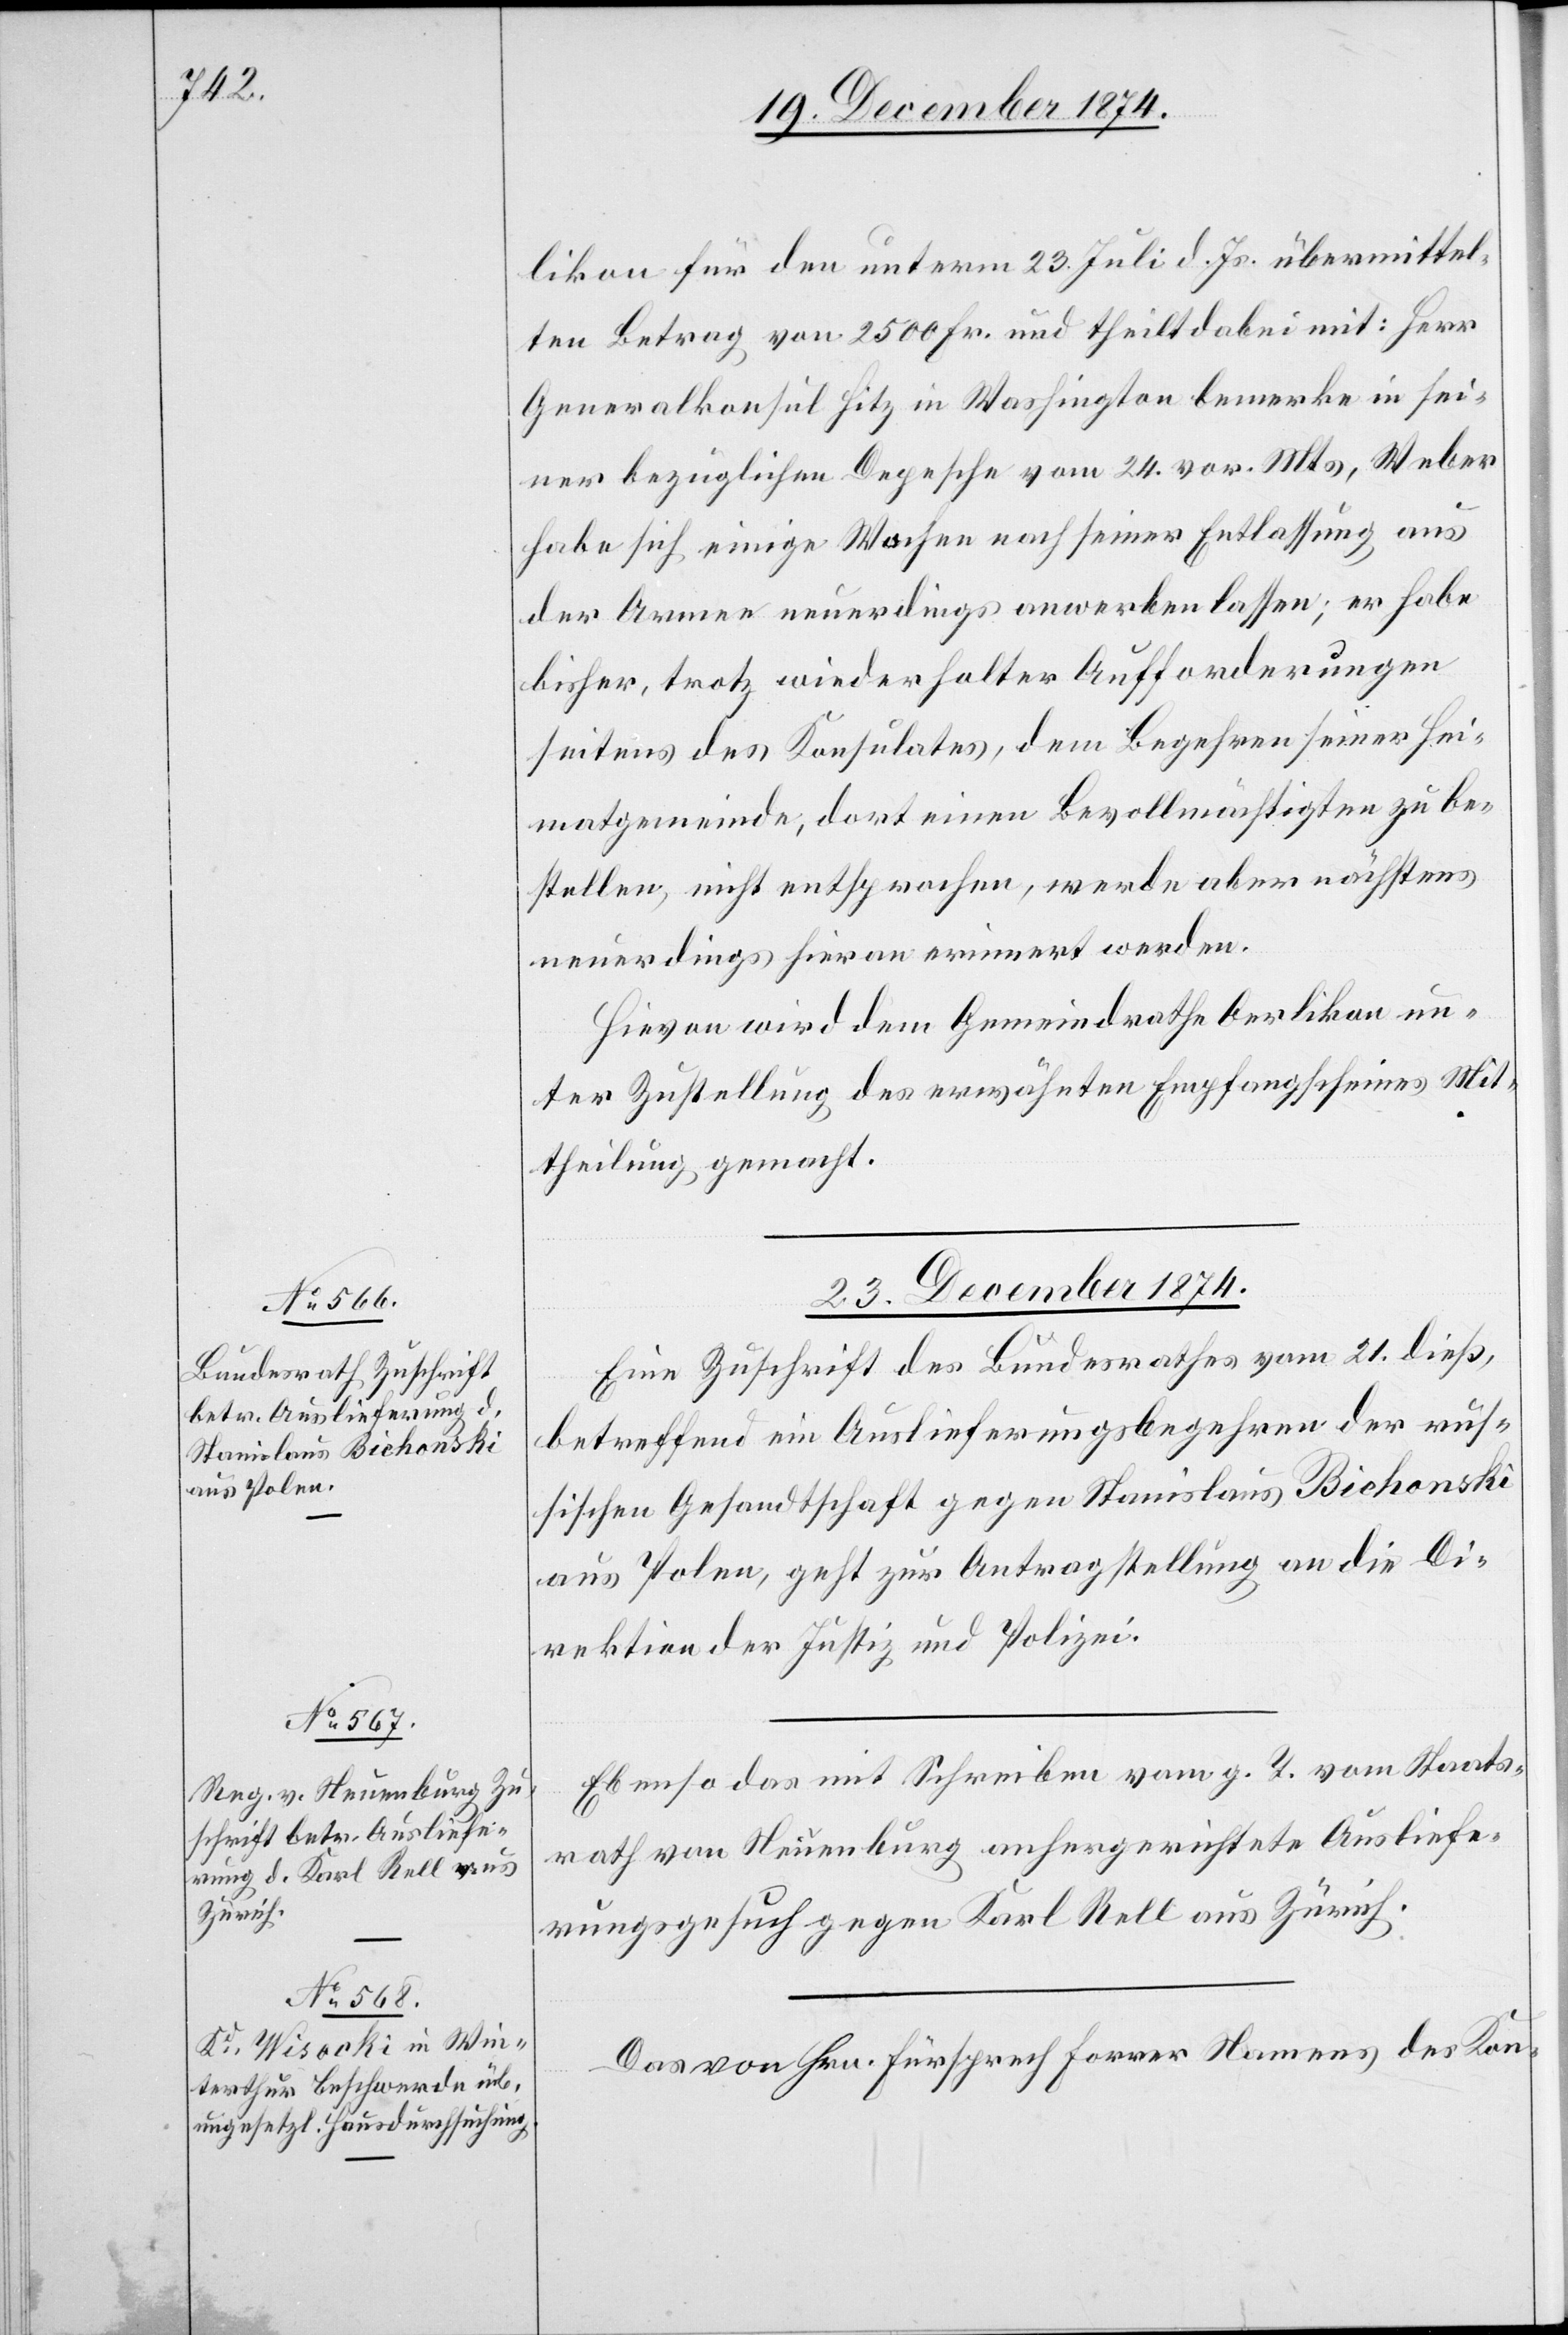
23. December 1874.]
likon für den unterm 23. Juli d. Js. übermittel¬
ten Betrag von 2500 Fr. und theilt dabei mit: Herr
Generalkonsul Hitz in Washington bemerke in sei¬
ner bezüglichen Depesche vom 24. vor. Mts., Weber
habe sich einige Wochen nach seiner Entlassung aus
der Armee neuerdings anwerben lassen; er habe
bisher, trotz wiederholter Aufforderungen
seitens des Konsulates, dem Begehren seiner Hei¬
matgemeinde, dort einen Bevollmächtigten zu be¬
stellen, nicht entsprochen, werde aber nächstens
neuerdings hieran erinnert werden.
Hievon wird dem Gemeindrathe Oerlikon un¬
ter Zustellung des erwähnten Empfangscheines Mit¬
theilung gemacht.
23. December 1874.
Eine Zuschrift des Bundesrathes vom 21. dieß,
betreffend ein Auslieferungsbegehren der rus¬
sischen Gesandtschaft gegen Stanislaus Bichonski
aus Polen, geht zur Antragstellung an die Di¬
rektion der Justiz und Polizei.
Ebenso das mit Schreiben vom g. T. vom Staats¬
rath von Neuenburg anhergerichtete Ausliefe¬
rungsgesuch gegen Karl Rell aus Zürich.
Das von Hrn. Fürsprech Forrer Namens des Kon-